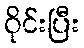
ဝိုင်းပြီး